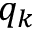
q _ { k }